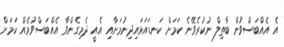
އެ އެއްބަސްވުން ބާތިލް ނުކުރެވޭނެ ކަމަށް ކަނޑައަޅައިދިނުމަށާއި އެއީ ދެމިގެންވާ އެއްބަސްވުމެއް ކަމަށް